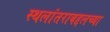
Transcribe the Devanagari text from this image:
स्थलांतराबद्दलच्या